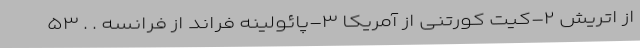
از اتریش ۲-کیت کورتنی از آمریکا ۳-پائولینه فراند از فرانسه . . ۵۳